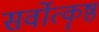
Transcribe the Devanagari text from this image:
सर्वोत्कॄष्ठ